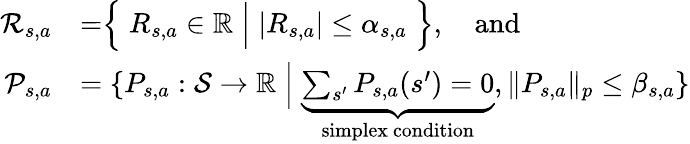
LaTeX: \begin{array}{rl}{\mathcal{R}_{s,a}}&{=\Bigm\{ R_{s,a}\in\mathbb{R}\Bigm|\lvert R_{s,a}\rvert\leq\alpha_{s,a}\Bigm\} ,\quad\mathrm{and}}\\ {\mathcal{P}_{s,a}}&{=\{ P_{s,a}:\mathcal{S}\to\mathbb{R}\Bigm|\underbrace{\sum_{s^{\prime}}P_{s,a}(s^{\prime})=0}_{\mathrm{~simplex~condition~}},\lVert P_{s,a}\rVert_{p}\leq\beta_{s,a}\} }\end{array}